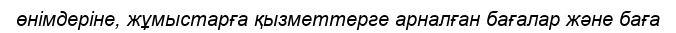
өнімдеріне, жұмыстарға қызметтерге арналған бағалар және баға